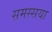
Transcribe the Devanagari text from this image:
समस्सया